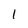
Character: 1